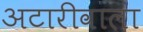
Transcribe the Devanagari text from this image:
अटारीवाला